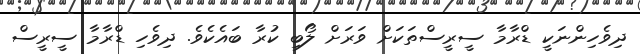
ދިވެހިންނަކީ ޑްރާމާ ސީރީސްތަކަށް ވަރަށް ލޯބި ކުރާ ބައެކެވެ. ދިވެހި ޑްރާމާ ސީރީސް